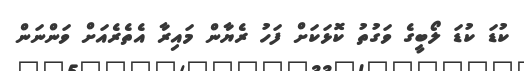
ކުޑަ ކުޑަ ލޯބީގެ ވަގުތު ކޮޅަކަށް ފަހު ރެޔާން މައިރާ އެތެރެއަށް ވަންނަން